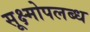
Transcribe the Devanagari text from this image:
सूक्ष्मोपलब्ध